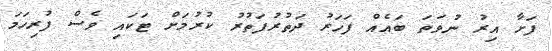
ފަށާ އިރު ނުވަތަ ބައެއް ފަހަރު ދަތުރުފަތުރު ކުރުމަށް ޓަކައި ވެސް ފުރިހަމަ